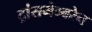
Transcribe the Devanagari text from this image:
ट्रांसमेम्बरेन